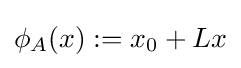
\phi _{A}(x):=x_{0}+Lx